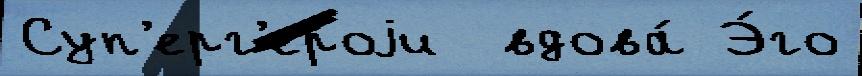
Суп'ерг'ероjи  вдова́ Э́го